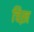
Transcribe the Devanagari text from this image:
चिख़